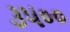
૩૫૦૦